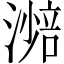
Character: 𣾾